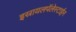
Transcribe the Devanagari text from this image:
इस्रायलपॅलेस्टाईन